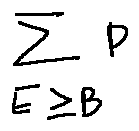
\sum \limits _ { E \geq B } p